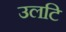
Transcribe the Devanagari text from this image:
उलटि